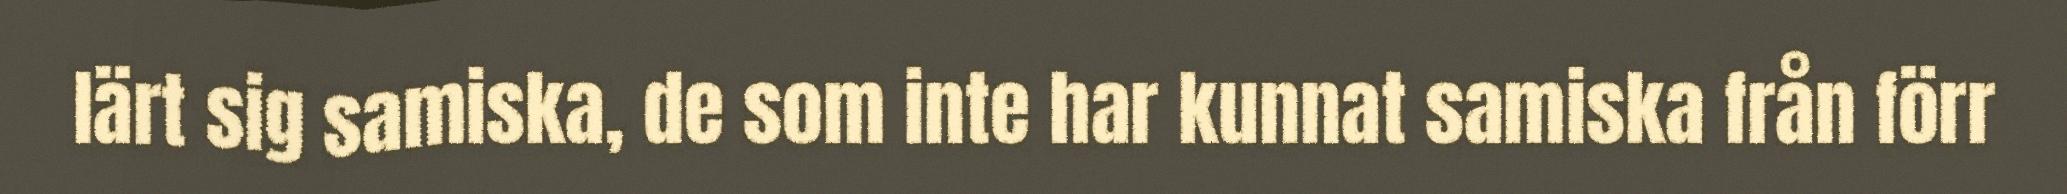
lärt sig samiska, de som inte har kunnat samiska från förr